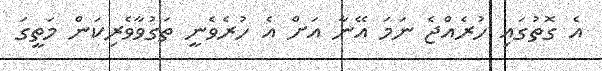
އެ ގޮތުގައި ހުރެއްޖެ ނަމަ އޭނާ އަށް އެ ހުރެވެނީ ތަގުވާވެރިކަން މަތީގަ